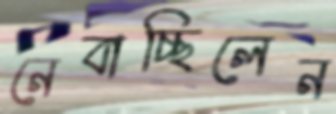
নেবাচ্ছিলেন